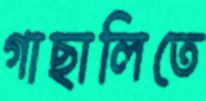
গাছালিতে